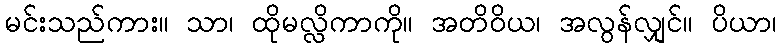
မင်းသည်ကား။ သာ၊ ထိုမလ္လိကာကို။ အတိဝိယ၊ အလွန်လျှင်။ ပိယာ၊